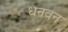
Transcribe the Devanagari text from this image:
धनवन